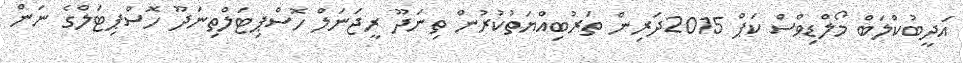
އަދީބުކްލަބް މޯލްޑިވްސް ކަޕް 2015ދަރިން ތަރުބިއްޔަތުކުރުން ތިނަދޫ ރީޖަނަލް ހޮސްޕިޓަލްތިނަދޫ ހޮސްޕިޓަލްގެ ނަން